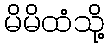
မိမိထံသို့